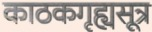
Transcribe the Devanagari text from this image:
काठकगृह्यसूत्र